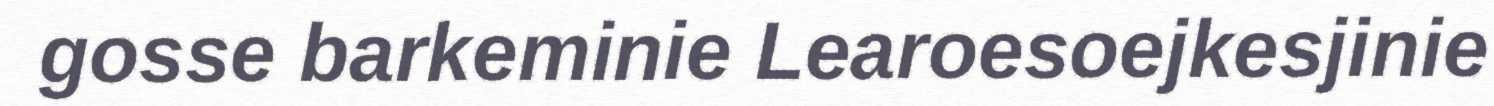
gosse barkeminie Learoesoejkesjinie